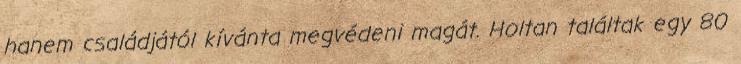
hanem családjától kívánta megvédeni magát. Holtan találtak egy 80